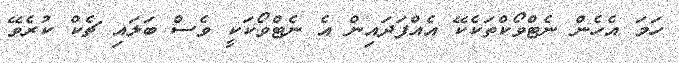
ހަމަ އެހެން ނެޓްވޯކްތަކެކޭ އެއްފަދައިން އެ ނެޓްވޯކަކީ ވެސް ބަލައި ޗެކް ކުރެވޭ